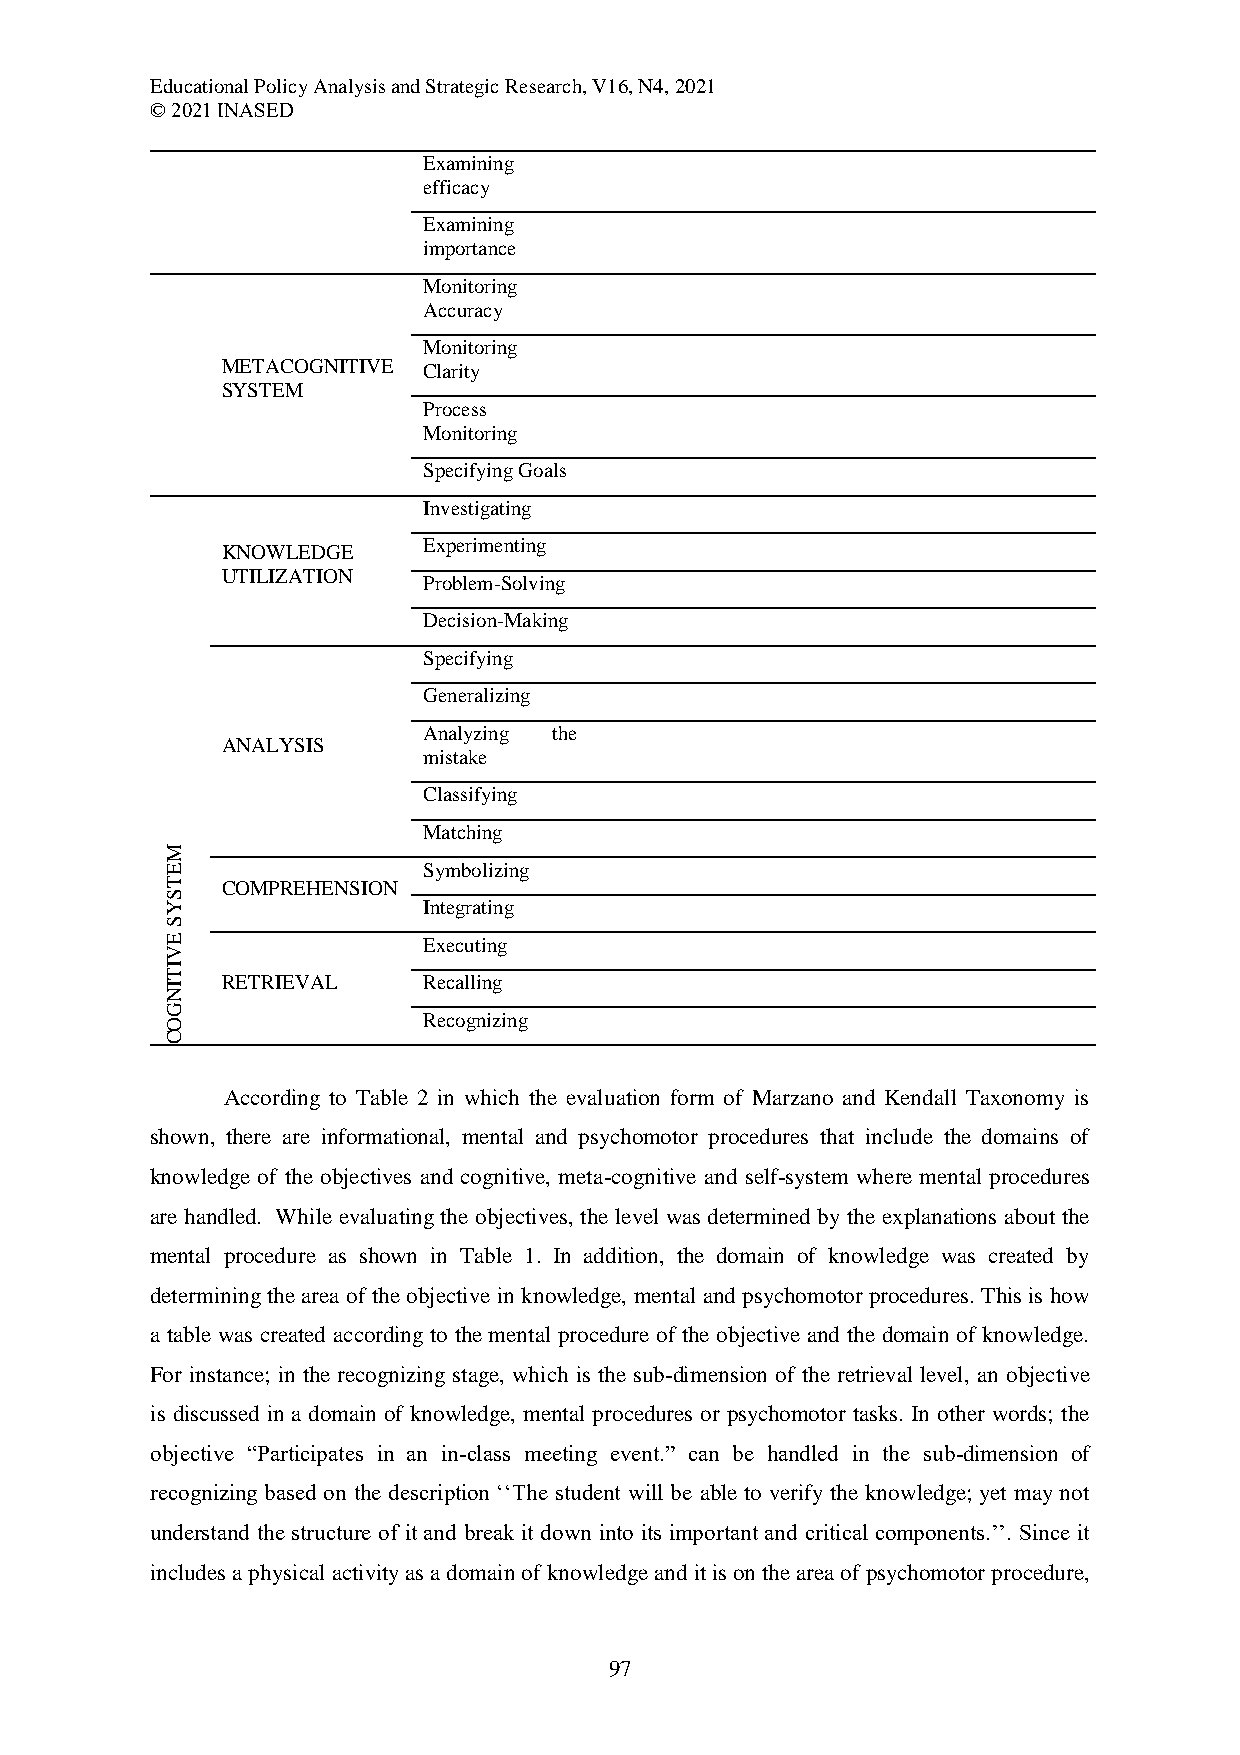
Educational Policy Analysis and Strategic Research, V16, N4, 2021
 © 2021 INASED
 Examining
 efficacy
 Examining
 importance
 Monitoring
 Accuracy
 Monitoring
 METACOGNITIVE Clarity
 SYSTEM
 Process
 Monitoring
 Specifying Goals
 Investigating
 Experimenting
 KNOWLEDGE
 UTILIZATION
 Problem-Solving
 Decision-Making
 Specifying
 Generalizing
 Analyzing the
 ANALYSIS
 mistake
 Classifying
 Matching
 M
 E                Symbolizing
 T   COMPREHENSION
 S
 Y                Integrating
 S
 E                Executing
 V
 I
 T
 I   RETRIEVAL    Recalling
 N
 G
 O                Recognizing
 C
 According to Table 2 in which the evaluation form of Marzano and Kendall Taxonomy is
 shown, there are informational, mental and psychomotor procedures that include the domains of
 knowledge of the objectives and cognitive, meta-cognitive and self-system where mental procedures
 are handled. While evaluating the objectives, the level was determined by the explanations about the
 mental procedure as shown in Table 1. In addition, the domain of knowledge was created by
 determining the area of the objective in knowledge, mental and psychomotor procedures. This is how
 a table was created according to the mental procedure of the objective and the domain of knowledge.
 For instance; in the recognizing stage, which is the sub-dimension of the retrieval level, an objective
 is discussed in a domain of knowledge, mental procedures or psychomotor tasks. In other words; the
 objective “Participates in an in-class meeting event.” can be handled in the sub-dimension of
 recognizing based on the description ‘‘The student will be able to verify the knowledge; yet may not
 understand the structure of it and break it down into its important and critical components.’’. Since it
 includes a physical activity as a domain of knowledge and it is on the area of psychomotor procedure,
 97